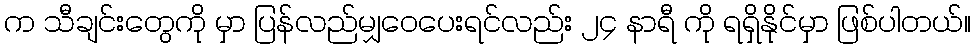
က သီချင်းတွေကို မှာ ပြန်လည်မျှဝေပေးရင်လည်း ၂၄ နာရီ ကို ရရှိနိုင်မှာ ဖြစ်ပါတယ်။